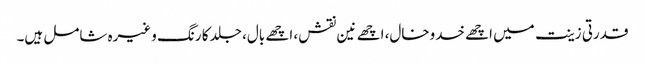
قدرتی زینت میں اچھے خدوخال، اچھے نین نقش، اچھے بال، جلد کا رنگ وغیرہ شامل ہیں۔